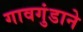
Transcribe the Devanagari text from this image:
गावगुंडाने